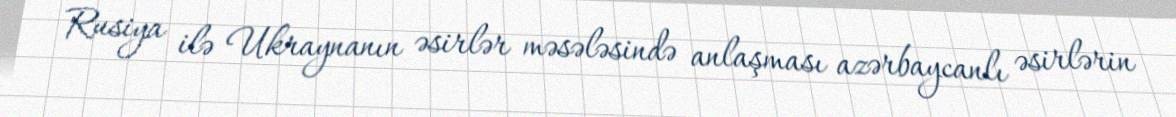
Rusiya ilə Ukraynanın əsirlər məsələsində anlaşması azərbaycanlı əsirlərin